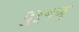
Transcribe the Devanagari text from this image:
दुर्बळु